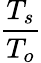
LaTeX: \frac{T_{s}}{T_{o}}